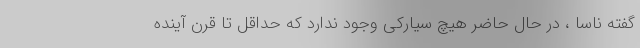
گفته ناسا ، در حال حاضر هیچ سیارکی وجود ندارد که حداقل تا قرن آینده